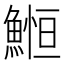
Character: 䱴